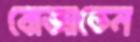
বোজাতেন